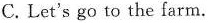
C. Let's go to the farm.